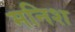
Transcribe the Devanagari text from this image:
मनिश